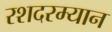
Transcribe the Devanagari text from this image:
रशदरम्यान